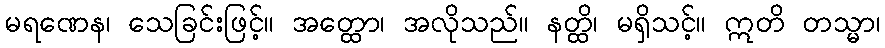
မရဏေန၊ သေခြင်းဖြင့်။ အတ္ထော၊ အလိုသည်။ နတ္ထိ၊ မရှိသင့်။ ဣတိ တသ္မာ၊